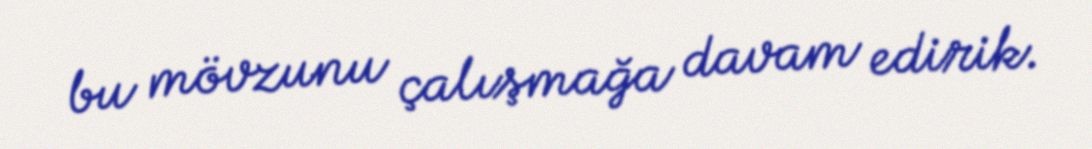
bu mövzunu çalışmağa davam edirik.